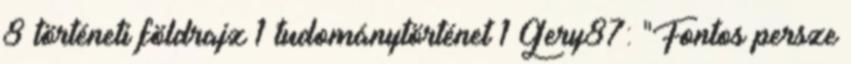
8 történeti földrajz 1 tudománytörténet 1 Gery87: "Fontos persze